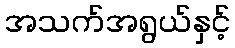
အသက်အရွယ်နှင့်